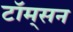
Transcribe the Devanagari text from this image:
टॉम्‌सन